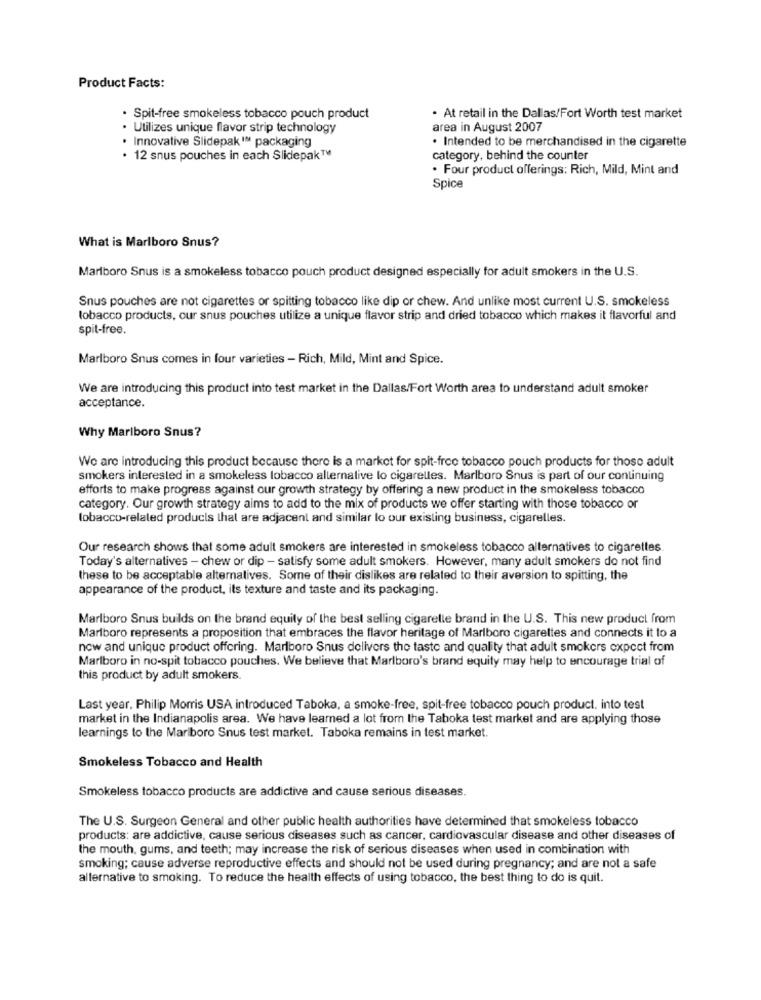
Product Facts:
· Spit-free smokeless tobacco pouch product
. At retail in the Dallas/Fort Worth test market
Utilizes unique flavor strip technology
area in August 2007
. Intended to be merchandised in the cigarette
. Innovative Slidepak 1ª packaging
· 12 snus pouches in each Slidepak™
category, behind the counter
. Four product offerings: Rich, Mild, Mint and
Spice
What is Marlboro Snus?
Marlboro Snus is a smokeless tobacco pouch product designed especially for adult smokers in the U.S.
Snus pouches are not cigarettes or spitting tobacco like dip or chew. And unlike most current U.S. smokeless
tobacco products, our snus pouches utilize a unique flavor strip and dried tobacco which makes it flavorful and
spit-free.
Marlboro Snus comes in four varieties - Rich, Mild, Mint and Spice.
We are introducing this product into test market in the Dallas/Fort Worth area to understand adult smoker
acceptance.
Why Marlboro Snus?
We are introducing this product because there is a market for spit-free tobacco pouch products for those adult
smokers interested in a smokeless tobacco alternalive lo cigarelles. Marlboro Snus is part of our continuing
efforts to make progress against our growth strategy by offering a new product in the smokeless tobacco
category. Our growth strategy aims to add to the mix of products we offer starting with those tobacco or
tobacco-related products that are adjacent and similar lo our existing business, cigarelles.
Our research shows that some adult smokers are interested in smokeless tobacco alternatives to cigarettes.
Today's alternatives - chew or dip - satisfy some adult smokers. However, many adult smokers do not find
these to be acceptable alternatives. Some of their dislikes are related to their aversion to spitting, the
appearance of the product, its texture and taste and its packaging.
Marlboro Snus builds on the brand equity of the best selling cigarelle brand in the U.S. This new product from
Marlboro represents a proposition that embraces the flavor heritage of Marlboro cigarettes and connects it to a
now and unique product offering. Marlboro Snus delivers the taste and quality that adult smokers expect from
Marlboro in no-spit tobacco pouches. We believe that Marlboro's brand equity may help to encourage trial of
this product by adult smokers.
Last year. Philip Morris USA introduced Taboka, a smoke-free, spit-free tobacco pouch product, into test
market in the Indianapolis area. We have learned a lot from the Taboka test market and are applying those
learnings to the Marlboro Snus test market. Taboka remains in test market.
Smokeless Tobacco and Health
Smokeless tobacco products are addictive and cause serious diseases.
The U.S. Surgeon General and other public health authorities have determined that smokeless tobacco
products: are addictive, cause serious diseases such as cancer, cardiovascular disease and other diseases of
the mouth, gums, and teeth; may increase the risk of serious diseases when used in combination with
smoking; cause adverse reproductive effects and should not be used during pregnancy; and are not a safe
alternative to smoking. To reduce the health effects of using tobacco, the best thing to do is quit.